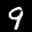
Label: 9